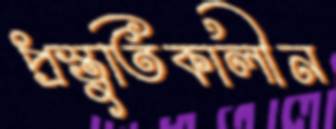
প্রস্তুতিকালীন